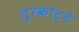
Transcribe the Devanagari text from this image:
तुरकोट्टे